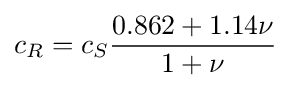
c_{R}=c_{S}{\frac {0.862+1.14\nu }{1+\nu }}